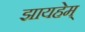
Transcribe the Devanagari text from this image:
झायहेम्